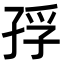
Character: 𭓅